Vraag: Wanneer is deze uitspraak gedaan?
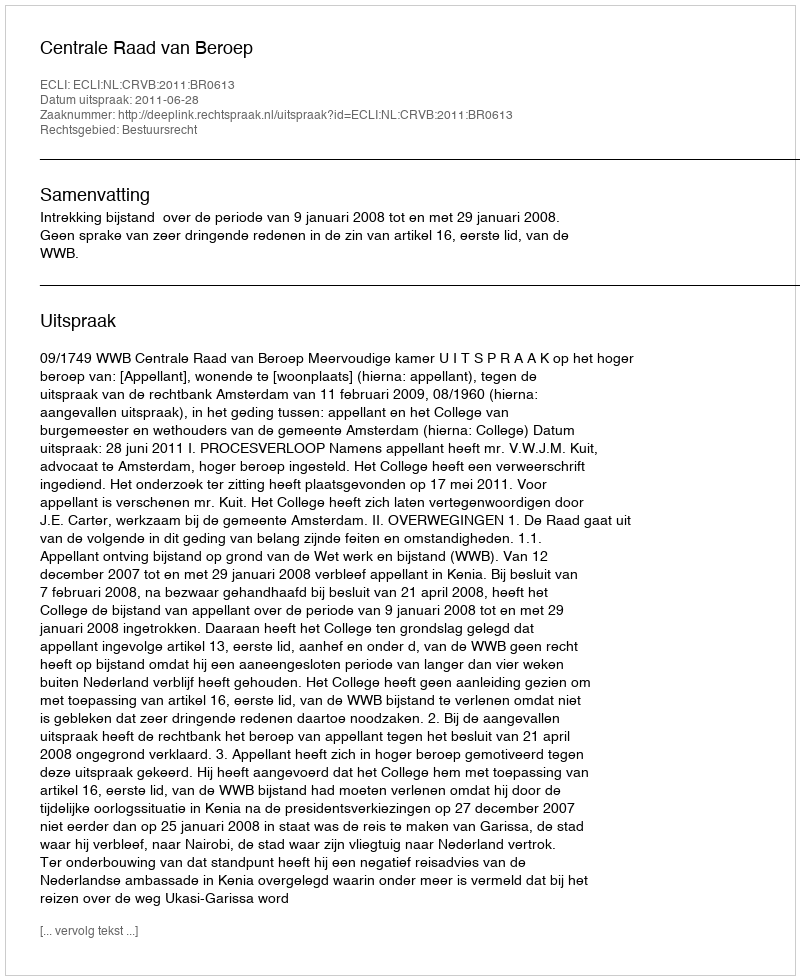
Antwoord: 2011-06-28